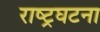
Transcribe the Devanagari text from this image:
राष्ट्रघटना